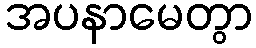
အပနာမေတွာ